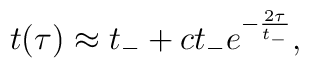
t(\tau) \approx t_- + ct_- e^{-\frac{2\tau}{t_-}} ,